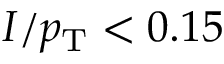
I / p _ { \mathrm { T } } < 0 . 1 5